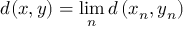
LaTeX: d ( x , y ) = \operatorname* { l i m } _ { n } d \left( x _ { n } , y _ { n } \right)